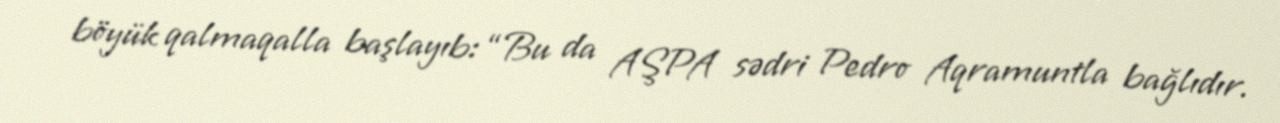
böyük qalmaqalla başlayıb: “Bu da AŞPA sədri Pedro Aqramuntla bağlıdır.